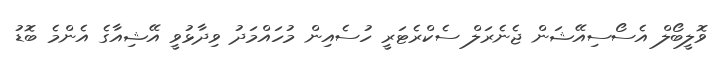
ވޮލީބޯލް އެސޯސިއޭޝަން ޖެނެރަލް ސެކްރެޓަރީ ހުސެއިން މުހައްމަދު ވިދާޅުވީ އޭޝިއާގެ އެންމެ ބޮޑު